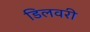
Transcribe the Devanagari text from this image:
डिलवरी